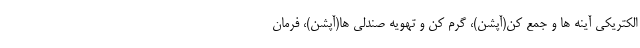
الکتریکی آینه ها و جمع کن(آپشن)، گرم کن و تهویه صندلی ها(آپشن)، فرمان